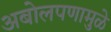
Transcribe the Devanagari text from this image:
अबोलपणामुळे